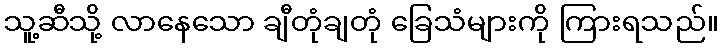
သူ့ဆီသို့ လာနေသော ချီတုံချတုံ ခြေသံများကို ကြားရသည်။